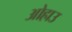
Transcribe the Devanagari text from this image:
ओहाउ